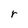
Character: r